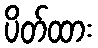
ပိတ်ထား